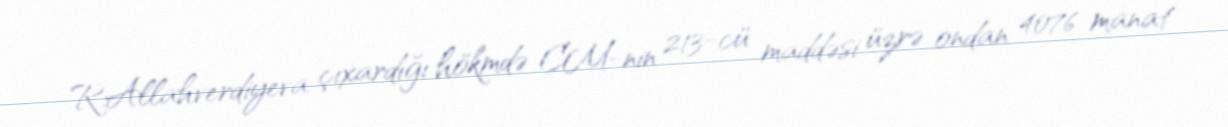
R.Allahverdiyeva çıxardığı hökmdə CM-nin 213-cü maddəsi üzrə ondan 4076 manat